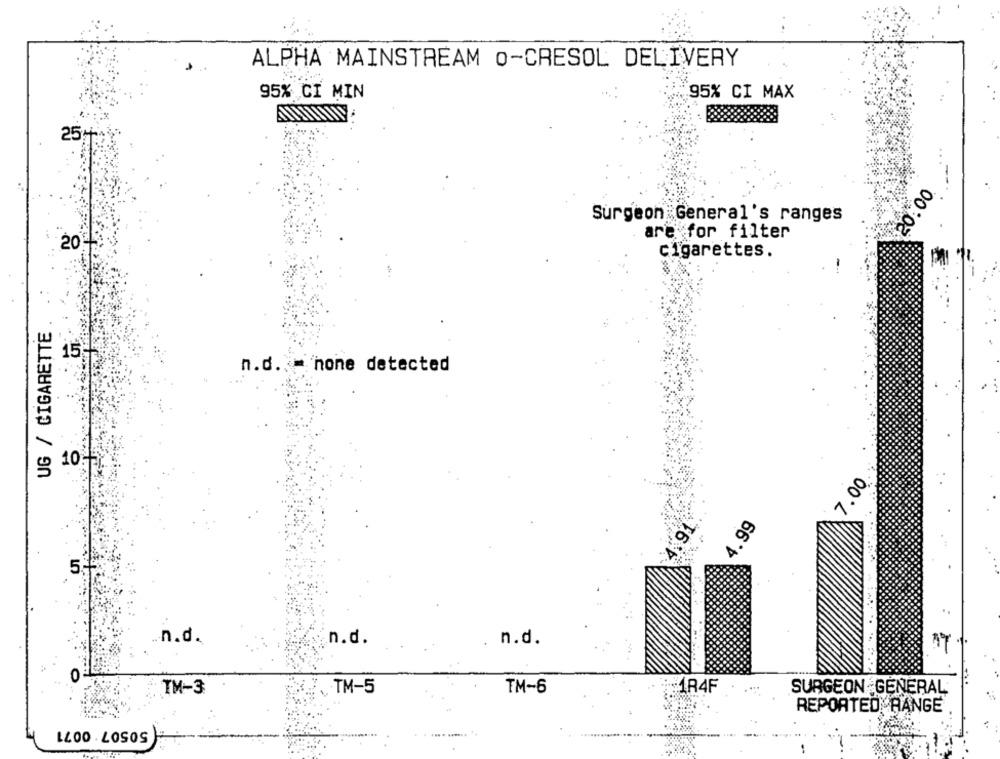
ALPHA MAINSTREAM O-CRESOL DELIVERY
95% CI MIN
95% CI MAX
..
25H
.....
20.00.
Surgeon General's ranges
are for filter
202
Cigarettes.
UG / CIGARETTE
15-
n.d. = hone detected
10.
7.00
4.99
5.
.n.d.
.n.d.
n.d.
0
TM-3
.TM-5
TM-6
1R4F
SURGEON GENERAL
REPORTED RANGE
.. . .... ...... ..
LLO0 . LOSOS